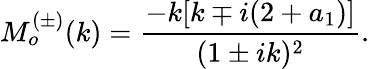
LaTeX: M_{o}^{(\pm)}(k)=\frac{-k[k\mp i(2+a_{1})]}{(1\pm ik)^{2}}.